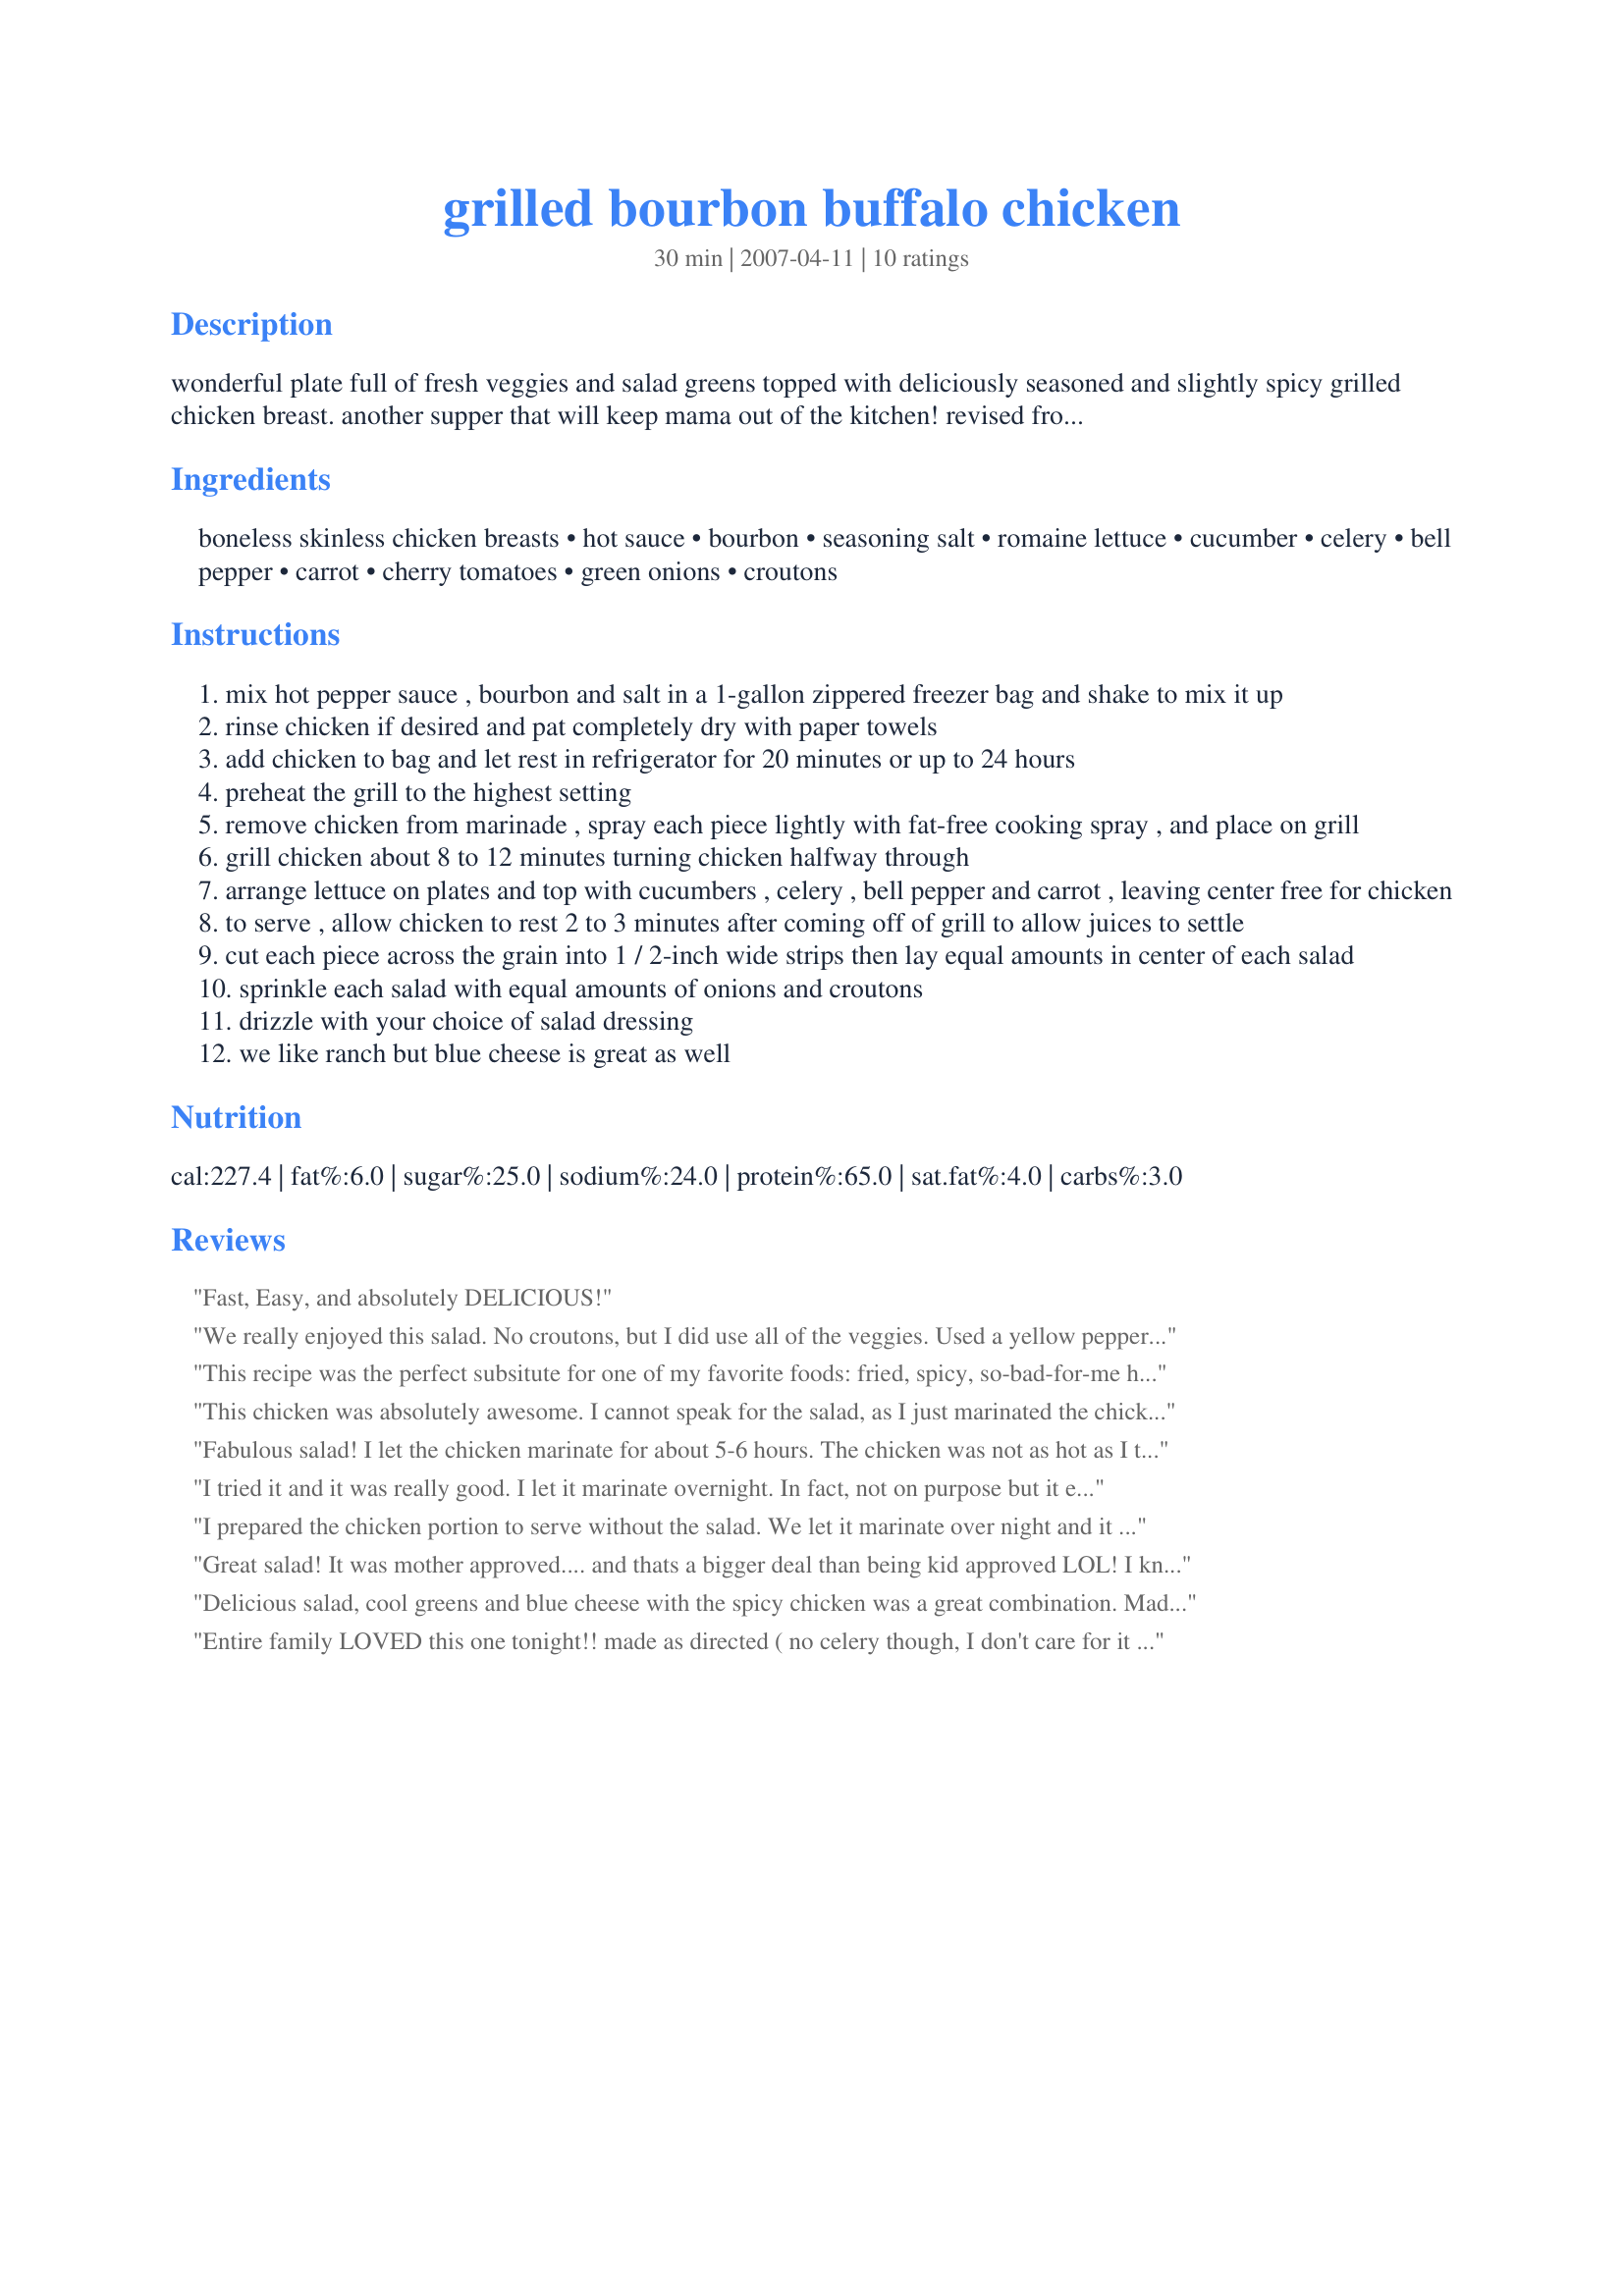
grilled bourbon buffalo chicken
Preparation time: 30 minutes

wonderful plate full of fresh veggies and salad greens topped with deliciously seasoned and slightly spicy grilled chicken breast. another supper that will keep mama out of the kitchen! revised from “grill power” by holly rudin-braschi note: plan ahead: needs to marinate for 20 minutes to overnight!

Ingredients:
boneless skinless chicken breasts, hot sauce, bourbon, seasoning salt, romaine lettuce, cucumber, celery, bell pepper, carrot, cherry tomatoes, green onions, croutons

Steps:
mix hot pepper sauce , bourbon and salt in a 1-gallon zippered freezer bag and shake to mix it up
rinse chicken if desired and pat completely dry with paper towels
add chicken to bag and let rest in refrigerator for 20 minutes or up to 24 hours
preheat the grill to the highest setting
remove chicken from marinade , spray each piece lightly with fat-free cooking spray , and place on grill
grill chicken about 8 to 12 minutes turning chicken halfway through
arrange lettuce on plates and top with cucumbers , celery , bell pepper and carrot , leaving center free for chicken
to serve , allow chicken to rest 2 to 3 minutes after coming off of grill to allow juices to settle
cut each piece across the grain into 1 / 2-inch wide strips then lay equal amounts in center of each salad
sprinkle each salad with equal amounts of onions and croutons
drizzle with your choice of salad dressing
we like ranch but blue cheese is great as well

Reviews:
Fast, Easy, and absolutely DELICIOUS!
We really enjoyed this salad. No croutons, but I did use all of the veggies. Used a yellow pepper for contrast to make it extra pretty. I used whiskey, but didn&#039;t really think you could taste it. (I actually discovered it was blackberry whiskey, so maybe the subtlety was a good thing.) I was out of seasoned salt, so I sprinkled some on before grilling after I mixed some up. This marinated for about 7 hours, but I might try for overnight next time.
This recipe was the perfect subsitute for one of my favorite foods: fried, spicy, so-bad-for-me hot wings! We skipped the salad and ate the chicken by itself, with low-fat ranch and an extra side of Frank's for me. This was a wonderful, low-fat main dish! I used an indoor grill (George Foreman-style), so we missed out on that great grill flavor, but this chicken was still awesome! BF has requested I make this again soon! Thanks, Mama!
This chicken was absolutely awesome. I cannot speak for the salad, as I just marinated the chicken and put it on skewers for the grill. We dipped it in ranch dip, but it was OH SO GOOD just by itself. I used Jack Daniels and Franks Hot Sauce.
Fabulous salad! I let the chicken marinate for about 5-6 hours. The chicken was not as hot as I thought it would be and it did not bother the heat-haters of the house. I went a little heavy on the bourbon.... because you can never have enough bourbon and I used Texas Pete Hot Sauce. Ranch dressing topped our salads and there was not one speck left. Thanks mama! You Rock!
I tried it and it was really good. I let it marinate overnight. In fact, not on purpose but it ended up marinating for a few days. I used lemon juice and a mexican hot sauce. I didn't do the salad part. I just ate the chicken with cheese in a sundried tomato wrap. YUM.
I prepared the chicken portion to serve without the salad. We let it marinate over night and it still didn't really absorb into the chicken. The hot sauce overpowered the bourbon taste. It also didn't look anything like the picture. The sauce was really runny and never stuck to the chicken.
Great salad! It was mother approved.... and thats a bigger deal than being kid approved LOL! I knew I would loe this shicken so I made the amount of chicken stated but only made 2 serving of salad. I think I may make some sort of chicken tacos out of the left over breast tomorrow. I'll let you know how that goes! Made for ZWT 3!
Delicious salad, cool greens and blue cheese with the spicy chicken was a great combination. Made recipe #55514 for the dressing. Thanks for sharing a refreshing recipe. Vicki
Entire family LOVED this one tonight!! made as directed ( no celery though, I don't care for it much and they didn't know it was missing!). I marinated overnight and BOY, is this tasty!! Dh raved - he loves hot wings - such as Hooters buffalo or hot wings, and says the chicken by itself was as flavorful as their wings at their best! (A high compliment in deed from DH!). ;) A big family pleaser - thanks for another great busy night dinner that keeps me from working in the kitchen all night!! Two thumbs up!! **We also used the blue cheese version and bourbon, with a slightly heavy hand, BTW!!
